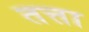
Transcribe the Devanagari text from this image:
तत्ता